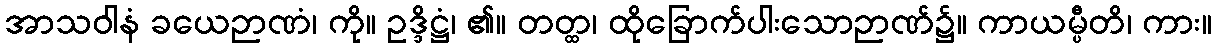
အာသဝါနံ ခယေဉာဏံ၊ ကို။ ဥဒ္ဒိဋ္ဌံ၊ ၏။ တတ္ထ၊ ထိုခြောက်ပါးသောဉာဏ်၌။ ကာယမ္ပီတိ၊ ကား။